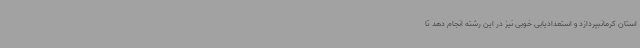
استان کرمانبپردازد و استعدادیابی خوبی نیز در این رشته انجام دهد تا